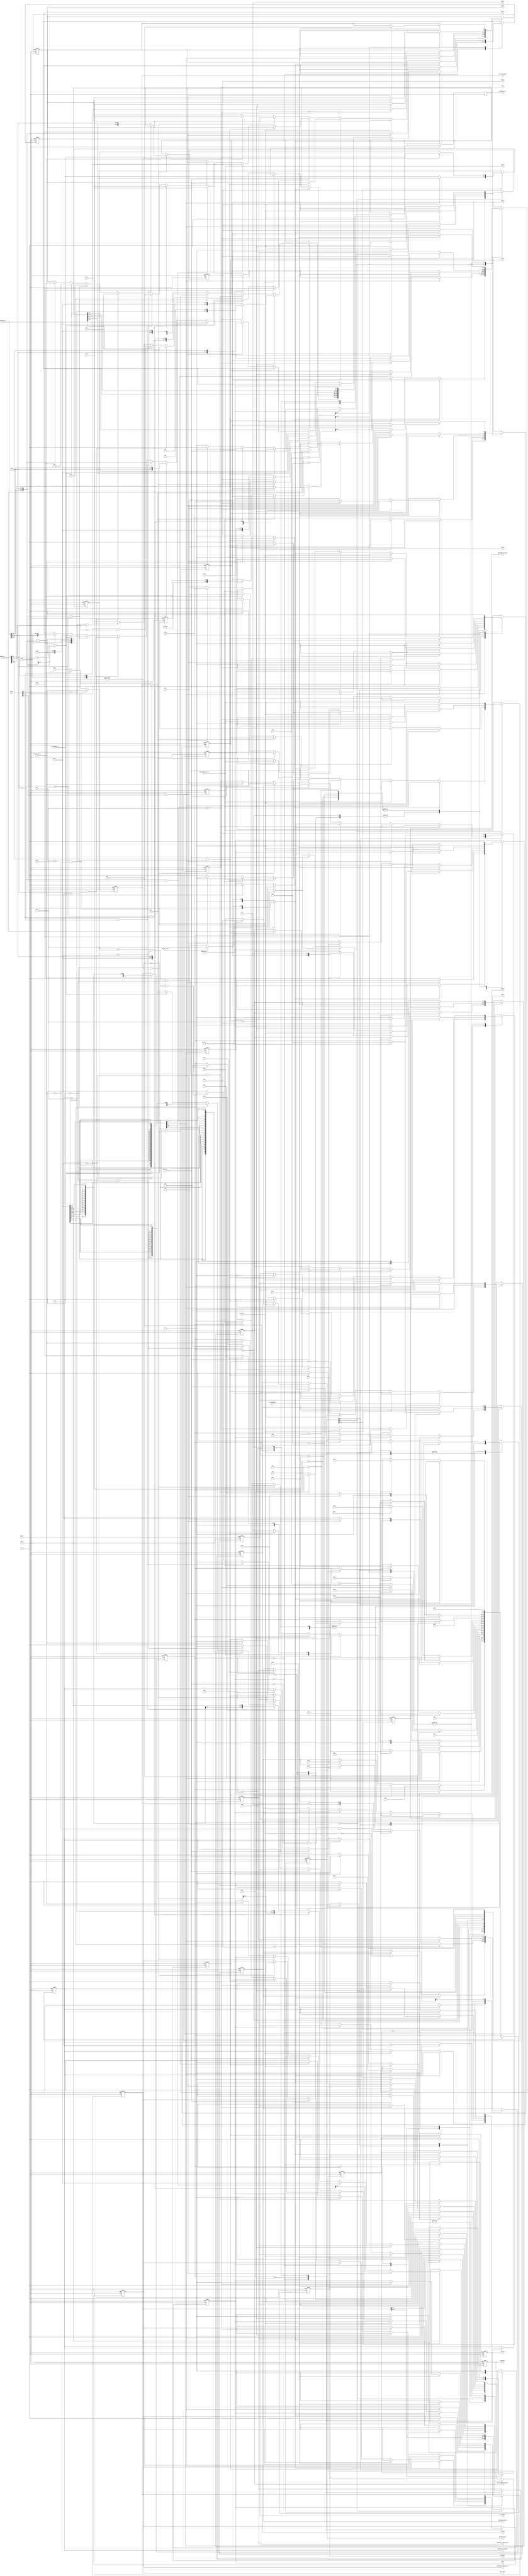
module bus_control(
    input CLK_I,
    input reset_n,
    output reg CYC_O,
    output reg [31:2] ADR_O,
    output reg [31:0] DAT_O,
    input [31:0] DAT_I,
    output reg [3:0] SEL_O,
    output reg STB_O,
    output reg WE_O,
    input ACK_I,
    input ERR_I,
    input RTY_I,
    // TAG_TYPE: TGC_O
    output reg SGL_O,
    output reg BLK_O,
    output reg RMW_O,
    // TAG_TYPE: TGA_O
    output reg [2:0] CTI_O,
    output [1:0] BTE_O,
    // TAG_TYPE: TGC_O
    output reg [2:0] fc_o,
    input [2:0] ipl_i,
    output reg reset_o = 1'b0,
    output reg blocked_o = 1'b0,
    input supervisor_i,
    input [2:0] ipm_i,
    input [2:0] size_i,
    input [31:0] address_i,
    input address_type_i,
    input read_modify_write_i,
    input [31:0] data_write_i,
    output reg [31:0] data_read_o,
    input [31:0] pc_i,
    input [1:0] pc_change_i,
    output reg [79:0] prefetch_ir_o,
    output reg prefetch_ir_valid_32_o = 1'b0,
    output reg prefetch_ir_valid_o = 1'b0,
    output reg prefetch_ir_valid_80_o = 1'b0,
    input do_reset_i,
    input do_blocked_i,
    input do_read_i,
    input do_write_i,
    input do_interrupt_i,
    output reg jmp_address_trap_o = 1'b0,
    output reg jmp_bus_trap_o = 1'b0,
    // read/write/interrupt
    output reg finished_o,
    output reg [7:0] interrupt_trap_o = 8'b0,
    output reg [2:0] interrupt_mask_o = 3'b0,
    /* mask==0 && trap==0            nothing
     */
    // write = 0/read = 1
    output reg rw_state_o,
    output reg [2:0] fc_state_o,
    output reg [31:0] fault_address_state_o
);
assign BTE_O = 2'b00;
wire [31:0] pc_i_plus_6;
assign pc_i_plus_6 = pc_i + 32'd6;
wire [31:0] pc_i_plus_4;
assign pc_i_plus_4 = pc_i + 32'd4;
wire [31:0] address_i_plus_4;
assign address_i_plus_4 = address_i + 32'd4;
reg [1:0] saved_pc_change = 2'b00;
parameter [4:0]
    S_INIT      = 5'd0,
    S_RESET     = 5'd1,
    S_BLOCKED   = 5'd2,
    S_INT_1     = 5'd3,
    S_READ_1    = 5'd4,
    S_READ_2    = 5'd5,
    S_READ_3    = 5'd6,
    S_WAIT      = 5'd7,
    S_WRITE_1   = 5'd8,
    S_WRITE_2   = 5'd9,
    S_WRITE_3   = 5'd10,
    S_PC_0      = 5'd11,
    S_PC_1      = 5'd12,
    S_PC_2      = 5'd13,
    S_PC_3      = 5'd14,
    S_PC_4      = 5'd15,
    S_PC_5      = 5'd16,
    S_PC_6      = 5'd17;
parameter [2:0]
    FC_USER_DATA            = 3'd1,
    FC_USER_PROGRAM         = 3'd2,
    FC_SUPERVISOR_DATA      = 3'd5,        // all exception vector entries except reset
    FC_SUPERVISOR_PROGRAM   = 3'd6,        // exception vector for reset
    FC_CPU_SPACE            = 3'd7;        // interrupt acknowlege bus cycle
parameter [2:0]
    CTI_CLASSIC_CYCLE       = 3'd0,
    CTI_CONST_CYCLE         = 3'd1,
    CTI_INCR_CYCLE          = 3'd2,
    CTI_END_OF_BURST        = 3'd7;
parameter [7:0]
    VECTOR_BUS_TRAP         = 8'd2,
    VECTOR_ADDRESS_TRAP     = 8'd3;
reg [4:0] current_state;
reg [7:0] reset_counter;
reg [2:0] last_interrupt_mask;
always @(posedge CLK_I or negedge reset_n) begin
    if(reset_n == 1'b0) begin
        interrupt_mask_o <= 3'b000;
        last_interrupt_mask <= 3'b000;
    end
    else if(ipl_i > ipm_i && do_interrupt_i == 1'b0) begin
        interrupt_mask_o <= ipl_i;
        last_interrupt_mask <= interrupt_mask_o;
    end
    else if(do_interrupt_i == 1'b1) begin
        interrupt_mask_o <= last_interrupt_mask;
    end
    else begin
        interrupt_mask_o <= 3'b000;
        last_interrupt_mask <= 3'b000;
    end
end
// change pc_i in middle of prefetch operation: undefined
always @(posedge CLK_I or negedge reset_n) begin
    if(reset_n == 1'b0) begin
        current_state <= S_INIT;
        interrupt_trap_o <= 8'd0;
        prefetch_ir_valid_o <= 1'b0;
        prefetch_ir_valid_32_o <= 1'b0;
        prefetch_ir_valid_80_o <= 1'b0;
        jmp_address_trap_o <= 1'b0;
        jmp_bus_trap_o <= 1'b0;
        CYC_O <= 1'b0;
        ADR_O <= 30'd0;
        DAT_O <= 32'd0;
        SEL_O <= 4'b0;
        STB_O <= 1'b0;
        WE_O <= 1'b0;
        SGL_O <= 1'b0;
        BLK_O <= 1'b0;
        RMW_O <= 1'b0;
        CTI_O <= 3'd0;
        fc_o <= 3'd0;
        reset_o <= 1'b0;
        blocked_o <= 1'b0;
        data_read_o <= 32'd0;
        finished_o <= 1'b0;
        rw_state_o <= 1'b0;
        fc_state_o <= 3'd0;
        fault_address_state_o <= 32'd0;
        saved_pc_change <= 2'b0;
        reset_counter <= 8'd0;
    end
    else begin
        case(current_state)
            S_INIT: begin
                finished_o <= 1'b0;
                jmp_address_trap_o <= 1'b0;
                jmp_bus_trap_o <= 1'b0;
                reset_o <= 1'b0;
                blocked_o <= 1'b0;
                // block
                if(do_blocked_i == 1'b1) begin
                    blocked_o <= 1'b1;
                    current_state <= S_BLOCKED;
                end
                // reset
                else if(do_reset_i == 1'b1) begin
                    reset_o <= 1'b1;
                    reset_counter <= 8'd124;
                    current_state <= S_RESET;
                end
                // read
                else if(do_read_i == 1'b1) begin
                    WE_O <= 1'b0;
                    if(supervisor_i == 1'b1)    fc_o <= (address_type_i == 1'b0) ? FC_SUPERVISOR_DATA : FC_SUPERVISOR_PROGRAM;
                    else                        fc_o <= (address_type_i == 1'b0) ? FC_USER_DATA : FC_USER_PROGRAM;
                    if(address_i[0] == 1'b1 && (size_i[0] == 1'b0)) begin // WORD or LONG WORD
                        fault_address_state_o <= address_i;
                        rw_state_o <= 1'b1;
                        fc_state_o <= (supervisor_i == 1'b1) ?  ((address_type_i == 1'b0) ? FC_SUPERVISOR_DATA : FC_SUPERVISOR_PROGRAM) :
                                                                ((address_type_i == 1'b0) ? FC_USER_DATA : FC_USER_PROGRAM);
                        interrupt_trap_o <= VECTOR_ADDRESS_TRAP;
                        jmp_address_trap_o <= 1'b1;
                        current_state <= S_WAIT;
                    end
                    else begin
                        CYC_O <= 1'b1;
                        ADR_O <= address_i[31:2];
                        SEL_O <=    (size_i[0] == 1'b1 && address_i[1:0] == 2'b00)? 4'b1000 :
                                    (size_i[0] == 1'b1 && address_i[1:0] == 2'b01)? 4'b0100 :
                                    (size_i[0] == 1'b1 && address_i[1:0] == 2'b10)? 4'b0010 :
                                    (size_i[0] == 1'b1 && address_i[1:0] == 2'b11)? 4'b0001 :
                                    (size_i[1] == 1'b1 && address_i[1] == 2'b0)?    4'b1100 :
                                    (size_i[0] == 1'b0 && address_i[1] == 2'b1)?    4'b0011 :
                                                                                    4'b1111;
                        STB_O <= 1'b1;
                        if(read_modify_write_i == 1'b1) begin
                            SGL_O <= 1'b0;
                            BLK_O <= 1'b0;
                            RMW_O <= 1'b1;
                            CTI_O <= CTI_END_OF_BURST;
                        end
                        else if(address_i[1:0] == 2'b10 && size_i[2] == 1'b1) begin
                            SGL_O <= 1'b0;
                            BLK_O <= 1'b1;
                            RMW_O <= 1'b0;
                            CTI_O <= CTI_INCR_CYCLE;
                        end
                        else begin
                            SGL_O <= 1'b1;
                            BLK_O <= 1'b0;
                            RMW_O <= 1'b0;
                            CTI_O <= CTI_END_OF_BURST;
                        end
                        current_state <= S_READ_1;
                    end
                end
                // write
                else if(do_write_i == 1'b1) begin
                    WE_O <= 1'b1;
                    if(supervisor_i == 1'b1)    fc_o <= FC_SUPERVISOR_DATA;
                    else                        fc_o <= FC_USER_DATA;
                    if(address_i[0] == 1'b1 && size_i[0] == 1'b0) begin // WORD or LONG WORD
                        fault_address_state_o <= address_i;
                        rw_state_o <= 1'b0;
                        fc_state_o <= (supervisor_i == 1'b1) ? FC_SUPERVISOR_DATA : FC_USER_DATA;
                        interrupt_trap_o <= VECTOR_ADDRESS_TRAP;
                        jmp_address_trap_o <= 1'b1;
                        current_state <= S_WAIT;
                    end
                    else begin
                        CYC_O <= 1'b1;
                        ADR_O <= address_i[31:2];
                        STB_O <= 1'b1;
                        if(address_i[1:0] == 2'b10 && size_i[2] == 1'b1) begin
                            DAT_O <= { 16'b0, data_write_i[31:16] };
                            SEL_O <= 4'b0011;
                        end
                        else if(address_i[1:0] == 2'b00 && size_i[2] == 1'b1) begin
                            DAT_O <= data_write_i[31:0];
                            SEL_O <= 4'b1111;
                        end
                        else if(address_i[1:0] == 2'b10 && size_i[1] == 1'b1) begin
                            DAT_O <= { 16'b0, data_write_i[15:0] };
                            SEL_O <= 4'b0011;
                        end
                        else if(address_i[1:0] == 2'b00 && size_i[1] == 1'b1) begin
                            DAT_O <= { data_write_i[15:0], 16'b0 };
                            SEL_O <= 4'b1100;
                        end
                        else if(address_i[1:0] == 2'b11 && size_i[0] == 1'b1) begin
                            DAT_O <= { 24'b0, data_write_i[7:0] };
                            SEL_O <= 4'b0001;
                        end
                        else if(address_i[1:0] == 2'b10 && size_i[0] == 1'b1) begin
                            DAT_O <= { 16'b0, data_write_i[7:0], 8'b0 };
                            SEL_O <= 4'b0010;
                        end
                        else if(address_i[1:0] == 2'b01 && size_i[0] == 1'b1) begin
                            DAT_O <= { 8'b0, data_write_i[7:0], 16'b0 };
                            SEL_O <= 4'b0100;
                        end
                        else if(address_i[1:0] == 2'b00 && size_i[0] == 1'b1) begin
                            DAT_O <= { data_write_i[7:0], 24'b0 };
                            SEL_O <= 4'b1000;
                        end
                        if(read_modify_write_i == 1'b1) begin
                            SGL_O <= 1'b0;
                            BLK_O <= 1'b0;
                            RMW_O <= 1'b1;
                            CTI_O <= CTI_END_OF_BURST;
                        end
                        else if(address_i[1:0] == 2'b10 && size_i[2] == 1'b1) begin
                            SGL_O <= 1'b0;
                            BLK_O <= 1'b1;
                            RMW_O <= 1'b0;
                            CTI_O <= CTI_INCR_CYCLE;
                        end
                        else begin
                            SGL_O <= 1'b1;
                            BLK_O <= 1'b0;
                            RMW_O <= 1'b0;
                            CTI_O <= CTI_END_OF_BURST;
                        end
                        current_state <= S_WRITE_1;
                    end
                end
                // pc
                else if(prefetch_ir_valid_o == 1'b0 || pc_change_i != 2'b00) begin
                    if(prefetch_ir_valid_o == 1'b0 || pc_change_i == 2'b10 || pc_change_i == 2'b11) begin
                        // load 4 words: [79:16] in 2,3 cycles
                        prefetch_ir_valid_32_o <= 1'b0;
                        prefetch_ir_valid_o <= 1'b0;
                        prefetch_ir_valid_80_o <= 1'b0;
                        current_state <= S_PC_0;
                    end
                    else if(prefetch_ir_valid_80_o == 1'b0 && pc_change_i == 2'b01) begin
                        // load 2 words: [31:0] in 1 cycle
                        prefetch_ir_valid_32_o <= 1'b1;
                        prefetch_ir_valid_o <= 1'b0;
                        prefetch_ir_valid_80_o <= 1'b0;
                        prefetch_ir_o <= { prefetch_ir_o[63:0], 16'b0 };
                        current_state <= S_PC_0;
                    end
                    else begin
                        // do not load any words
                        prefetch_ir_valid_32_o <= 1'b1;
                        prefetch_ir_valid_o <= 1'b1;
                        prefetch_ir_valid_80_o <= 1'b0;
                        prefetch_ir_o <= { prefetch_ir_o[63:0], 16'b0 };
                    end
                end
                // interrupt
                else if(do_interrupt_i == 1'b1) begin
                    CYC_O <= 1'b1;
                    ADR_O <= { 27'b111_1111_1111_1111_1111_1111_1111, last_interrupt_mask };
                    SEL_O <= 4'b1111;
                    STB_O <= 1'b1;
                    WE_O <= 1'b0;
                    SGL_O <= 1'b1;
                    BLK_O <= 1'b0;
                    RMW_O <= 1'b0;
                    CTI_O <= CTI_END_OF_BURST;
                    fc_o <= FC_CPU_SPACE;
                    current_state <= S_INT_1;
                end
            end
            S_RESET: begin
                reset_counter <= reset_counter - 8'd1;
                if(reset_counter == 8'd0) begin
                    finished_o <= 1'b1;
                    current_state <= S_WAIT;
                end
            end
            S_BLOCKED: begin
            end
            S_INT_1: begin
                if(ACK_I == 1'b1) begin
                    CYC_O <= 1'b0;
                    STB_O <= 1'b0;
                    interrupt_trap_o <= DAT_I[7:0];
                    finished_o <= 1'b1;
                    current_state <= S_WAIT;
                end
                else if(RTY_I == 1'b1) begin
                    CYC_O <= 1'b0;
                    STB_O <= 1'b0;
                    interrupt_trap_o <= 8'd24 + { 5'b0, interrupt_mask_o };
                    finished_o <= 1'b1;
                    current_state <= S_WAIT;
                end
                else if(ERR_I == 1'b1) begin
                    CYC_O <= 1'b0;
                    STB_O <= 1'b0;
                    interrupt_trap_o <= 8'd24; // spurious interrupt
                    finished_o <= 1'b1;
                    current_state <= S_WAIT;
                end
            end
            S_PC_0: begin
                WE_O <= 1'b0;
                if(supervisor_i == 1'b1)    fc_o <= FC_SUPERVISOR_PROGRAM;
                else                        fc_o <= FC_USER_PROGRAM;
                if(pc_i[0] == 1'b1) begin
                    prefetch_ir_valid_32_o <= 1'b1;
                    prefetch_ir_valid_o <= 1'b1;
                    prefetch_ir_valid_80_o <= 1'b1;
                    fault_address_state_o <= pc_i;
                    rw_state_o <= 1'b1;
                    fc_state_o <= (supervisor_i == 1'b1) ? FC_SUPERVISOR_PROGRAM : FC_USER_PROGRAM;
                    interrupt_trap_o <= VECTOR_ADDRESS_TRAP;
                    jmp_address_trap_o <= 1'b1;
                    current_state <= S_WAIT;
                end
                else begin
                    CYC_O <= 1'b1;
                    if(prefetch_ir_valid_32_o == 1'b0)                      ADR_O <= pc_i[31:2];
                    else                                                    ADR_O <= pc_i_plus_6[31:2];
                    SEL_O <= (prefetch_ir_valid_32_o == 1'b0 && pc_i[1:0] == 2'b10)?    4'b0011 :
                                                                                        4'b1111;
                    STB_O <= 1'b1;
                    if(prefetch_ir_valid_32_o == 1'b0) begin
                        SGL_O <= 1'b0;
                        BLK_O <= 1'b1;
                        RMW_O <= 1'b0;
                        CTI_O <= CTI_INCR_CYCLE;
                    end
                    else begin
                        SGL_O <= 1'b1;
                        BLK_O <= 1'b0;
                        RMW_O <= 1'b0;
                        CTI_O <= CTI_END_OF_BURST;
                    end
                    saved_pc_change <= pc_change_i;
                    prefetch_ir_valid_32_o <= 1'b0;
                    current_state <= S_PC_1;
                end
            end
            S_PC_1: begin
                if(pc_change_i != 2'b00) saved_pc_change <= pc_change_i;
                if(ACK_I == 1'b1) begin
                    if(CTI_O == CTI_INCR_CYCLE) begin
                        //CYC_O <= 1'b1;
                        ADR_O <= pc_i_plus_4[31:2];
                        SEL_O <= 4'b1111;
                        //STB_O <= 1'b1;
                        //WE_O <= 1'b0;
                        if(pc_i[1:0] == 2'b10) begin
                            SGL_O <= 1'b0;
                            BLK_O <= 1'b1;
                            RMW_O <= 1'b0;
                            CTI_O <= CTI_INCR_CYCLE;
                        end
                        else begin
                            SGL_O <= 1'b0;
                            BLK_O <= 1'b1;
                            RMW_O <= 1'b0;
                            CTI_O <= CTI_END_OF_BURST;
                        end
                        //if(supervisor_i == 1'b1)    fc_o <= FC_SUPERVISOR_PROGRAM;
                        //else                        fc_o <= FC_USER_PROGRAM;
                        if(pc_i[1:0] == 2'b10)      prefetch_ir_o <= { DAT_I[15:0], 64'b0 };
                        else                        prefetch_ir_o <= { DAT_I[31:0], 48'b0 };
                        current_state <= S_PC_3;
                    end
                    else begin
                        CYC_O <= 1'b0;
                        STB_O <= 1'b0;
                        if(saved_pc_change == 2'b10 || saved_pc_change == 2'b11 || pc_change_i == 2'b10 || pc_change_i == 2'b11) begin
                            // load 4 words: [79:16] in 2,3 cycles
                            prefetch_ir_valid_32_o <= 1'b0;
                            prefetch_ir_valid_o <= 1'b0;
                            prefetch_ir_valid_80_o <= 1'b0;
                            current_state <= S_PC_0;
                        end
                        else if(saved_pc_change == 2'b01 || pc_change_i == 2'b01) begin
                            // do not load any words
                            prefetch_ir_valid_32_o <= 1'b1;
                            prefetch_ir_valid_o <= 1'b1;
                            prefetch_ir_valid_80_o <= 1'b0;
                            prefetch_ir_o <= { prefetch_ir_o[63:32], DAT_I[31:0], 16'b0 };
                            current_state <= S_INIT;
                        end
                        else begin
                            prefetch_ir_valid_32_o <= 1'b1;
                            prefetch_ir_valid_o <= 1'b1;
                            prefetch_ir_valid_80_o <= 1'b1;
                            prefetch_ir_o <= { prefetch_ir_o[79:32], DAT_I[31:0] };
                            current_state <= S_INIT;
                        end
                    end
                end
                else if(RTY_I == 1'b1) begin
                    CYC_O <= 1'b0;
                    STB_O <= 1'b0;
                    current_state <= S_PC_2;
                end
                else if(ERR_I == 1'b1) begin
                    CYC_O <= 1'b0;
                    STB_O <= 1'b0;
                    fault_address_state_o <= { ADR_O, 2'b00 };
                    rw_state_o <= ~WE_O;
                    fc_state_o <= fc_o;
                    interrupt_trap_o <= VECTOR_BUS_TRAP;
                    jmp_bus_trap_o <= 1'b1;
                    current_state <= S_WAIT;
                end
            end
            S_PC_2: begin
                CYC_O <= 1'b1;
                STB_O <= 1'b1;
                current_state <= S_PC_1;
            end
            S_PC_3: begin
                if(ACK_I == 1'b1) begin
                    if(pc_i[1:0] == 2'b10) begin
                        //CYC_O <= 1'b1;
                        ADR_O <= pc_i_plus_6[31:2];
                        SEL_O <= 4'b1111;
                        //STB_O <= 1'b1;
                        //WE_O <= 1'b0;
                        SGL_O <= 1'b0;
                        BLK_O <= 1'b1;
                        RMW_O <= 1'b0;
                        CTI_O <= CTI_END_OF_BURST;
                        //if(supervisor_i == 1'b1)    fc_o <= FC_SUPERVISOR_PROGRAM;
                        //else                        fc_o <= FC_USER_PROGRAM;
                        prefetch_ir_o <= { prefetch_ir_o[79:64], DAT_I[31:0], 32'b0 };
                        current_state <= S_PC_5;
                    end
                    else begin
                        CYC_O <= 1'b0;
                        STB_O <= 1'b0;
                        prefetch_ir_o <= { prefetch_ir_o[79:48], DAT_I[31:0], 16'b0 };
                        prefetch_ir_valid_32_o <= 1'b1;
                        prefetch_ir_valid_o <= 1'b1;
                        prefetch_ir_valid_80_o <= 1'b0;
                        current_state <= S_INIT;
                    end
                end
                else if(RTY_I == 1'b1) begin
                    CYC_O <= 1'b0;
                    STB_O <= 1'b0;
                    current_state <= S_PC_4;
                end
                else if(ERR_I == 1'b1) begin
                    CYC_O <= 1'b0;
                    STB_O <= 1'b0;
                    fault_address_state_o <= { ADR_O, 2'b00 };
                    rw_state_o <= ~WE_O;
                    fc_state_o <= fc_o;
                    interrupt_trap_o <= VECTOR_BUS_TRAP;
                    jmp_bus_trap_o <= 1'b1;
                    current_state <= S_WAIT;
                end
            end
            S_PC_4: begin
                CYC_O <= 1'b1;
                STB_O <= 1'b1;
                current_state <= S_PC_3;
            end
            S_PC_5: begin
                if(ACK_I == 1'b1) begin
                    CYC_O <= 1'b0;
                    STB_O <= 1'b0;
                    prefetch_ir_o <= { prefetch_ir_o[79:32], DAT_I[31:0] };
                    prefetch_ir_valid_32_o <= 1'b1;
                    prefetch_ir_valid_o <= 1'b1;
                    prefetch_ir_valid_80_o <= 1'b1;
                    current_state <= S_INIT;
                end
                else if(RTY_I == 1'b1) begin
                    CYC_O <= 1'b0;
                    STB_O <= 1'b0;
                    current_state <= S_PC_6;
                end
                else if(ERR_I == 1'b1) begin
                    CYC_O <= 1'b0;
                    STB_O <= 1'b0;
                    fault_address_state_o <= { ADR_O, 2'b00 };
                    rw_state_o <= ~WE_O;
                    fc_state_o <= fc_o;
                    interrupt_trap_o <= VECTOR_BUS_TRAP;
                    jmp_bus_trap_o <= 1'b1;
                    current_state <= S_WAIT;
                end
            end
            S_PC_6: begin
                CYC_O <= 1'b1;
                STB_O <= 1'b1;
                current_state <= S_PC_5;
            end
            S_READ_1: begin
                if(ACK_I == 1'b1) begin
                    if(address_i[1:0] == 2'b10 && size_i[2] == 1'b1) begin
                        //CYC_O <= 1'b1;
                        ADR_O <= address_i_plus_4[31:2];
                        SEL_O <= 4'b1100;
                        //STB_O <= 1'b1;
                        //WE_O <= 1'b0;
                        //SGL_O <= 1'b0;
                        //BLK_O <= 1'b1;
                        //RMW_O <= 1'b0;
                        CTI_O <= CTI_END_OF_BURST;
                        //if(supervisor_i == 1'b1)    fc_o <= (address_type_i == 1'b0) ? FC_SUPERVISOR_DATA : FC_SUPERVISOR_PROGRAM;
                        //else                        fc_o <= (address_type_i == 1'b0) ? FC_USER_DATA : FC_USER_PROGRAM;
                        data_read_o <= { DAT_I[15:0], 16'b0 };
                        current_state <= S_READ_2;
                    end
                    else begin
                        if(read_modify_write_i == 1'b1) begin
                            CYC_O <= 1'b1;
                            STB_O <= 1'b0;
                        end
                        else begin
                            CYC_O <= 1'b0;
                            STB_O <= 1'b0;
                        end
                        if(address_i[1:0] == 2'b00 && size_i[2] == 1'b1)             data_read_o <= DAT_I[31:0];
                        else if(address_i[1:0] == 2'b10 && size_i[1] == 1'b1)        data_read_o <= { {16{DAT_I[15]}}, DAT_I[15:0] };
                        else if(address_i[1:0] == 2'b00 && size_i[1] == 1'b1)        data_read_o <= { {16{DAT_I[31]}}, DAT_I[31:16] };
                        else if(address_i[1:0] == 2'b11 && size_i[0] == 1'b1)        data_read_o <= { {24{DAT_I[7]}}, DAT_I[7:0] };
                        else if(address_i[1:0] == 2'b10 && size_i[0] == 1'b1)        data_read_o <= { {24{DAT_I[15]}}, DAT_I[15:8] };
                        else if(address_i[1:0] == 2'b01 && size_i[0] == 1'b1)        data_read_o <= { {24{DAT_I[23]}}, DAT_I[23:16] };
                        else if(address_i[1:0] == 2'b00 && size_i[0] == 1'b1)        data_read_o <= { {24{DAT_I[31]}}, DAT_I[31:24] };
                        finished_o <= 1'b1;
                        current_state <= S_WAIT;
                    end
                end
                else if(RTY_I == 1'b1) begin
                    CYC_O <= 1'b0;
                    STB_O <= 1'b0;
                    current_state <= S_INIT;
                end
                else if(ERR_I == 1'b1) begin
                    CYC_O <= 1'b0;
                    STB_O <= 1'b0;
                    fault_address_state_o <= { ADR_O, 2'b00 };
                    rw_state_o <= ~WE_O;
                    fc_state_o <= fc_o;
                    interrupt_trap_o <= VECTOR_BUS_TRAP;
                    jmp_bus_trap_o <= 1'b1;
                    current_state <= S_WAIT;
                end
            end
            S_READ_2: begin
                if(ACK_I == 1'b1) begin
                    CYC_O <= 1'b0;
                    STB_O <= 1'b0;
                    data_read_o <= { data_read_o[31:16], DAT_I[31:16] };
                    finished_o <= 1'b1;
                    current_state <= S_WAIT;
                end
                else if(RTY_I == 1'b1) begin
                    CYC_O <= 1'b0;
                    STB_O <= 1'b0;
                    current_state <= S_READ_3;
                end
                else if(ERR_I == 1'b1) begin
                    CYC_O <= 1'b0;
                    STB_O <= 1'b0;
                    fault_address_state_o <= { ADR_O, 2'b00 };
                    rw_state_o <= ~WE_O;
                    fc_state_o <= fc_o;
                    interrupt_trap_o <= VECTOR_BUS_TRAP;
                    jmp_bus_trap_o <= 1'b1;
                    current_state <= S_WAIT;
                end
            end
            S_READ_3: begin
                CYC_O <= 1'b1;
                STB_O <= 1'b1;
                current_state <= S_READ_2;
            end
            S_WAIT: begin
                jmp_address_trap_o <= 1'b0;
                jmp_bus_trap_o <= 1'b0;
                if(do_read_i == 1'b0 && do_write_i == 1'b0 && do_interrupt_i == 1'b0 && do_reset_i == 1'b0) begin
                    finished_o <= 1'b0;
                    current_state <= S_INIT;
                end
            end
            S_WRITE_1: begin
                if(ACK_I == 1'b1) begin
                    if(address_i[1:0] == 2'b10 && size_i[2] == 1'b1) begin
                        //CYC_O <= 1'b1;
                        ADR_O <= address_i_plus_4[31:2];
                        //STB_O <= 1'b1;
                        //WE_O <= 1'b1;
                        DAT_O <= { data_write_i[15:0], 16'b0 };
                        SEL_O <= 4'b1100;
                        //SGL_O <= 1'b0;
                        //BLK_O <= 1'b1;
                        //RMW_O <= 1'b0;
                        CTI_O <= CTI_END_OF_BURST;
                        //if(supervisor_i == 1'b1)    fc_o <= FC_SUPERVISOR_DATA;
                        //else                        fc_o <= FC_USER_DATA;
                        current_state <= S_WRITE_2;
                    end
                    else begin
                        CYC_O <= 1'b0;
                        STB_O <= 1'b0;
                        finished_o <= 1'b1;
                        current_state <= S_WAIT;
                    end
                end
                else if(RTY_I == 1'b1) begin
                    CYC_O <= 1'b0;
                    STB_O <= 1'b0;
                    current_state <= S_INIT;
                end
                else if(ERR_I == 1'b1) begin
                    CYC_O <= 1'b0;
                    STB_O <= 1'b0;
                    fault_address_state_o <= { ADR_O, 2'b00 };
                    rw_state_o <= ~WE_O;
                    fc_state_o <= fc_o;
                    interrupt_trap_o <= VECTOR_BUS_TRAP;
                    jmp_bus_trap_o <= 1'b1;
                    current_state <= S_WAIT;
                end
            end
            S_WRITE_2: begin
                if(ACK_I == 1'b1) begin
                    CYC_O <= 1'b0;
                    STB_O <= 1'b0;
                    finished_o <= 1'b1;
                    current_state <= S_WAIT;
                end
                else if(RTY_I == 1'b1) begin
                    CYC_O <= 1'b0;
                    STB_O <= 1'b0;
                    current_state <= S_WRITE_3;
                end
                else if(ERR_I == 1'b1) begin
                    CYC_O <= 1'b0;
                    STB_O <= 1'b0;
                    fault_address_state_o <= { ADR_O, 2'b00 };
                    rw_state_o <= ~WE_O;
                    fc_state_o <= fc_o;
                    interrupt_trap_o <= VECTOR_BUS_TRAP;
                    jmp_bus_trap_o <= 1'b1;
                    current_state <= S_WAIT;
                end
            end
            S_WRITE_3: begin
                CYC_O <= 1'b1;
                STB_O <= 1'b1;
                current_state <= S_WRITE_2;
            end
        endcase
    end
end
endmodule